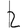
Digit: 2